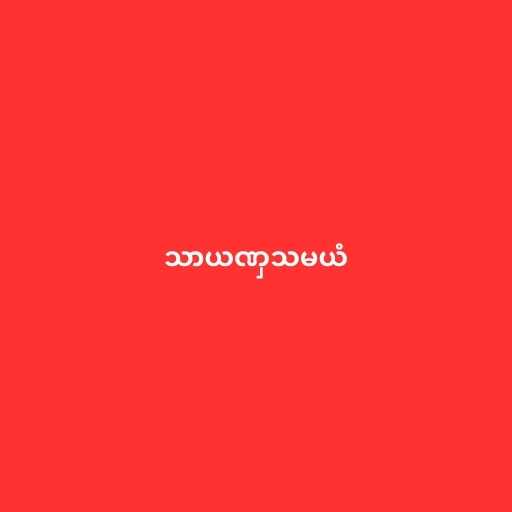
သာယဏှသမယံ